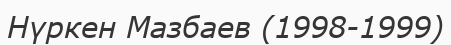
Нүркен Мазбаев (1998-1999)